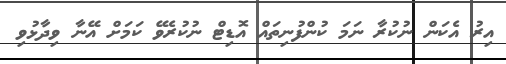
އިރު އެކަން ނުކުރާ ނަމަ ކުންފުނިތައް އޮޑިޓް ނުކުރެވޭ ކަމަށް އޭނާ ވިދާޅުވި